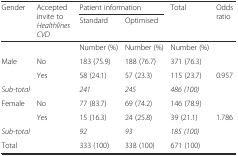
| <ROWSPAN=2> Gender | <ROWSPAN=2> Accepted invite to Healthlines CVD | <COLSPAN=2> Patient information | <ROWSPAN=2> Total | <ROWSPAN=2> Odds ratio |
 | Standard | Optimised |
 | --- | --- | --- | --- | --- | --- |
 |  |  | Number (%) | Number (%) | Number (%) |  |
 | Male | No | 183 (75.9) | 188 (76.7) | 371 (76.3) |  |
 |  | Yes | 58 (24.1) | 57 (23.3) | 115 (23.7) | 0.957 |
 | Sub-total |  | 241 | 245 | 486 (100) |  |
 | Female | No | 77 (83.7) | 69 (74.2) | 146 (78.9) |  |
 |  | Yes | 15 (16.3) | 24 (25.8) | 39 (21.1) | 1.786 |
 | Sub-total |  | 92 | 93 | 185 (100) |  |
 | Total |  | 333 (100) | 338 (100) | 671 (100) |  |